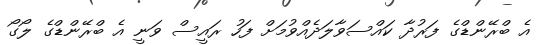
އެ ބްރޭންޑްގެ ފަރުދާ ކައްސަވާލަދެއްވުމަށް ފަހު ރައީސް ވަނީ އެ ބްރޭންޑްގެ ލޯގޯ